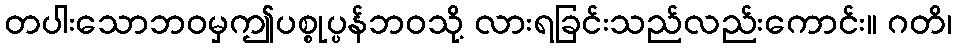
တပါးသောဘဝမှဤပစ္စုပ္ပန်ဘဝသို့ လားရခြင်းသည်လည်းကောင်း။ ဂတိ၊